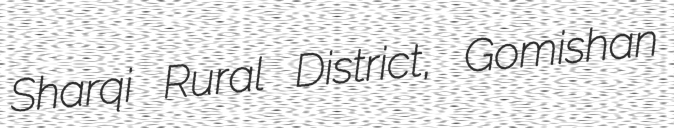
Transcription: Sharqi Rural District, Gomishan